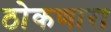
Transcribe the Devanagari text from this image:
ठोकणारा